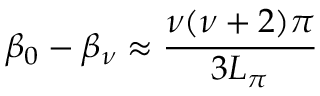
\beta _ { 0 } - \beta _ { \nu } \approx \frac { \nu ( \nu + 2 ) \pi } { 3 L _ { \pi } }